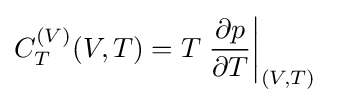
C_{T}^{(V)}(V,T)=T\left.{\frac {\partial p}{\partial T}}\right|_{(V,T)}\